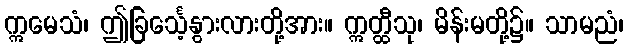
ဣမေသံ၊ ဤခြင်္သေ့နွားလားတို့အား။ ဣတ္ထီသု၊ မိန်းမတို့၌။ သာမညံ၊